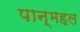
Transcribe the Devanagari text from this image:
पान्महल